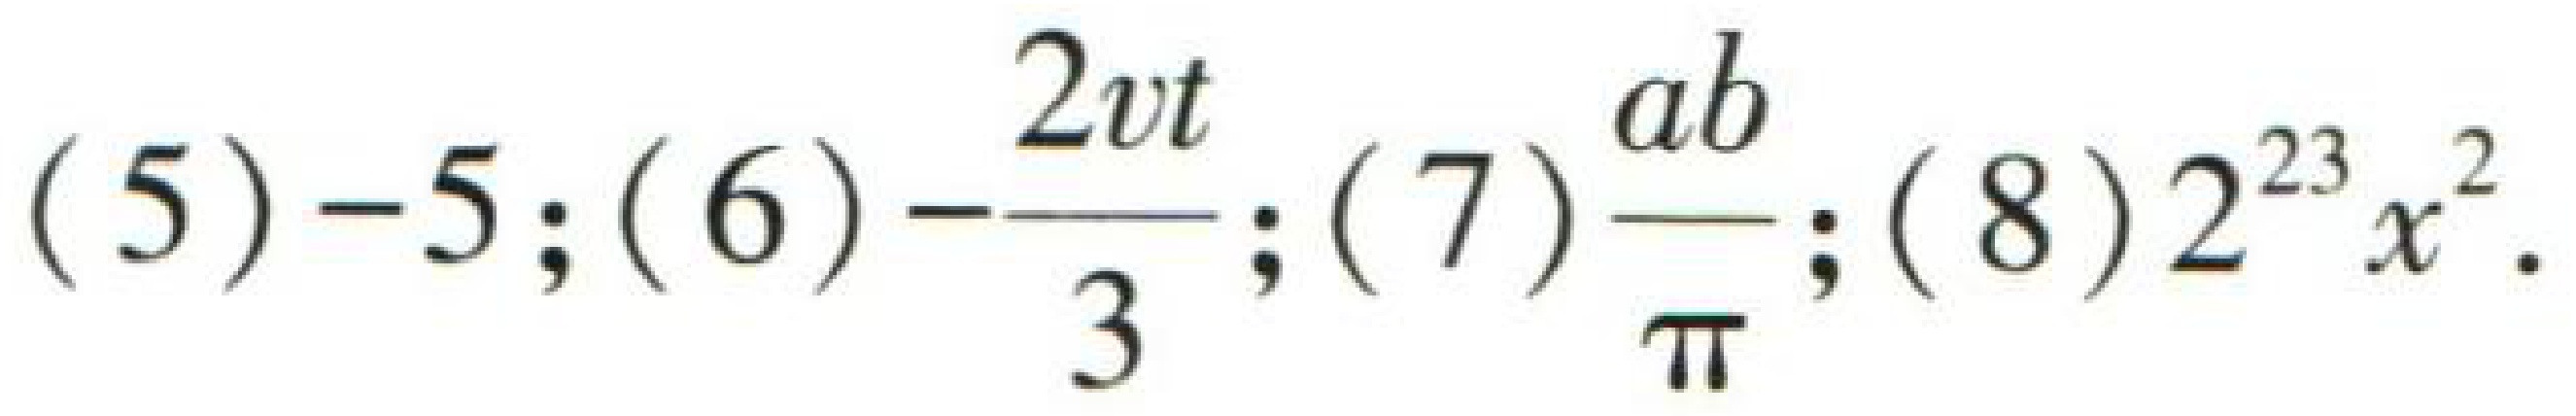
(5) \(-5\); (6) \(-\frac{2vt}{3}\); (7) \(\frac{ab}{\pi}\); (8) \(2^{23}x^{2}\).